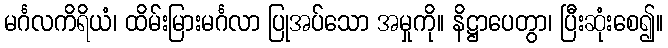
မင်္ဂလကိရိယံ၊ ထိမ်းမြားမင်္ဂလာ ပြုအပ်သော အမှုကို။ နိဋ္ဌာပေတွာ၊ ပြီးဆုံးစေ၍။